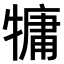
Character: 𤛑